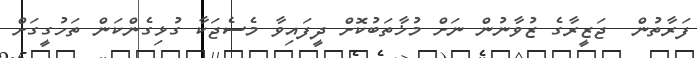
ފަރާތުން  ޖަޒީރާގެ ޒުވާނުން ނަށް މުޚާތަބުކޮށް ދީފައިވާ މެސެޖަކާ ގުޅިގެންކަން ތަހުގީގަށް